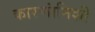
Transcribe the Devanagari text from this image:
कारणांनिशी